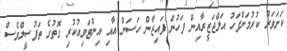
ކަށަވަރު ކުރުމަށްފަހު އަލްޖަޒީރާއިން ފަހުން ފައިޒާން ހަސަން އާއި އިންޓަވިއުކުރި ގޮތުގެ ތަފުސީލްވެސް